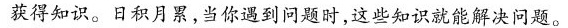
获得知识。日积月累，当你遇到问题时，这些知识就能解决问题。